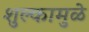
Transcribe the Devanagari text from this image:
शुल्कामुळे